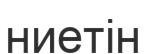
ниетін